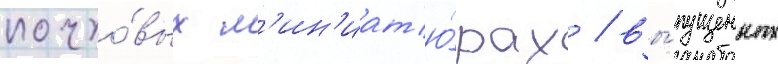
почто́вых м'ин'иат'ю́рах / вы́пущенных